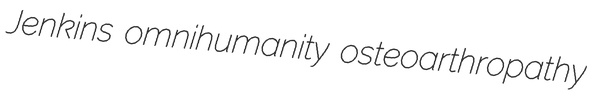
Jenkins omnihumanity osteoarthropathy